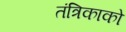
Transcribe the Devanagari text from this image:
तंत्रिकाको